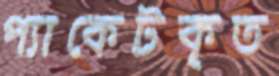
প্যাকেটকৃত